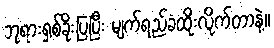
ဘုရားရှစ်ခိုးပြပြီး မျက်ရည်ခံထိုးလိုက်တာနဲ့။